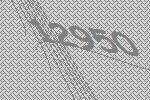
12950